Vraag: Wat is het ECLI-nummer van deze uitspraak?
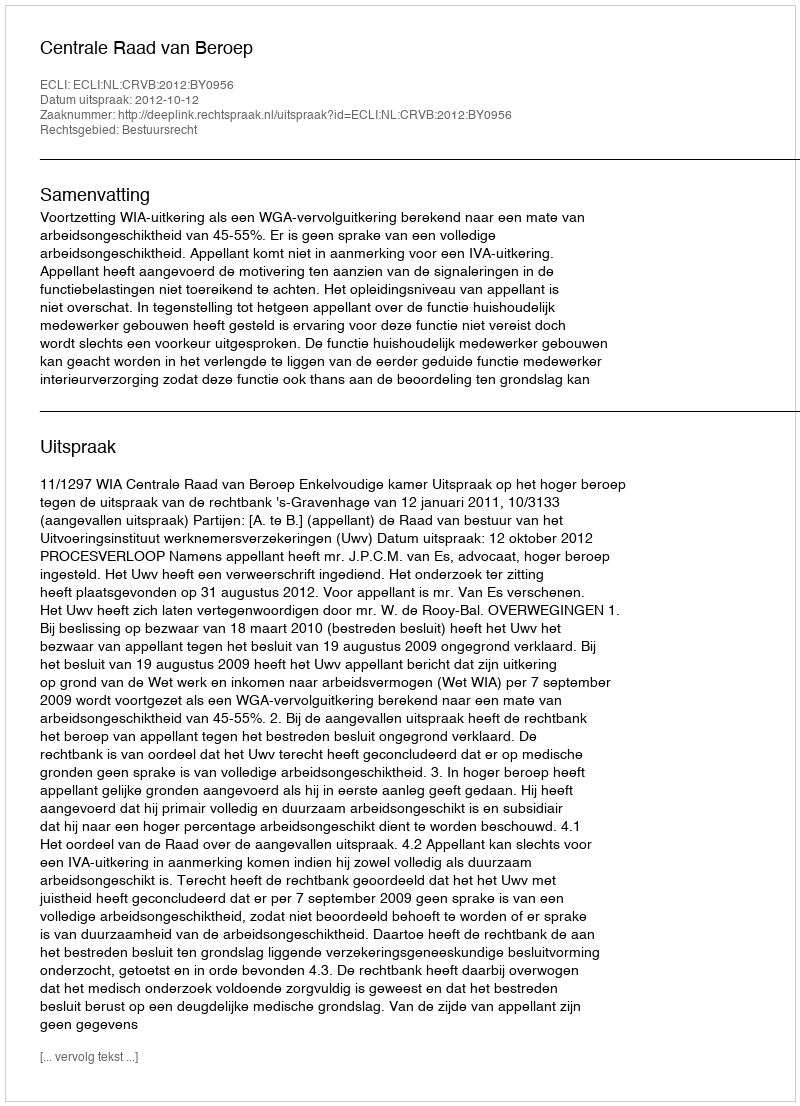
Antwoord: ECLI:NL:CRVB:2012:BY0956